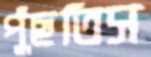
পুঁছতিস